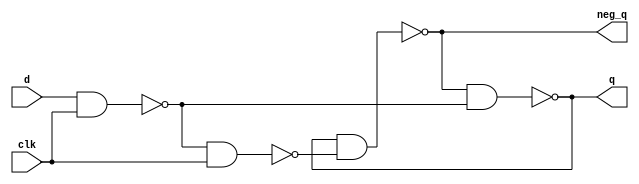
module dff(
  input wire d,
  input wire clk,
  output wire q,
  output wire neg_q
);
  
  wire internalWireD;
  wire internalWireC;
  
  nand(internalWireD, d, clk);
  nand(internalWireC, internalWireD, clk);
  nand(q, neg_q, internalWireD);
  nand(neg_q, q, internalWireC);
  
endmodule